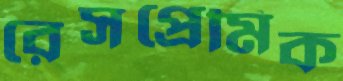
রেসপ্রেমিক